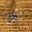
لك